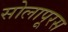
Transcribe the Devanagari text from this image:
सोलापूरस